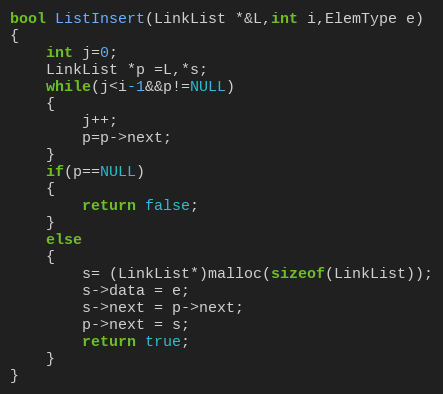
Language: C++
bool ListInsert(LinkList *&L,int i,ElemType e)
{
	int j=0;
	LinkList *p =L,*s;
	while(j<i-1&&p!=NULL)
	{
		j++;
		p=p->next;
	}
	if(p==NULL)
	{
		return false;
	}
	else
	{
		s= (LinkList*)malloc(sizeof(LinkList));
		s->data = e;
		s->next = p->next;
		p->next = s;
		return true;
	}
}